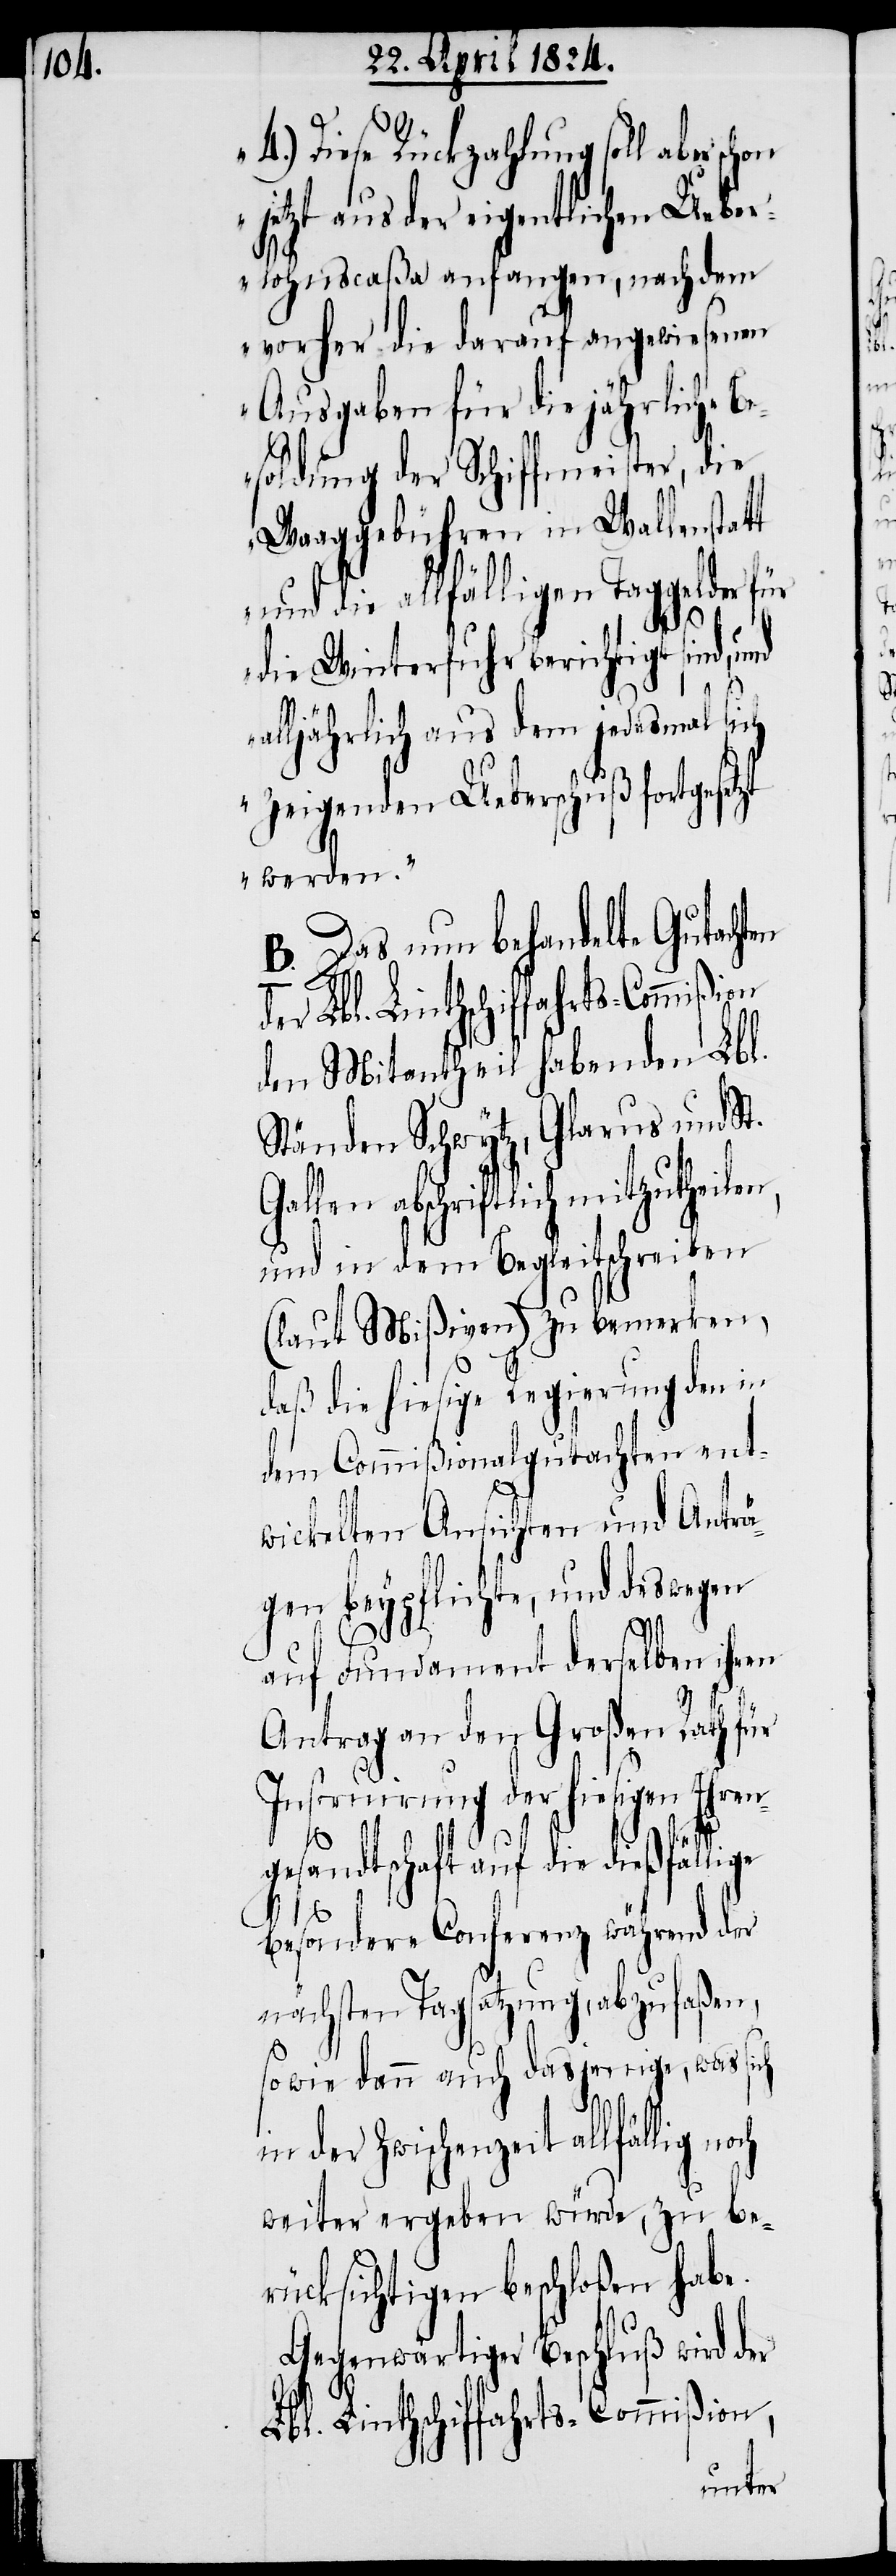
4.) Diese Rückzahlung soll aber schon
jetzt aus der eigentlichen Ueber¬
lohnscaßa anfangen, nachdem
vorher die darauf angewiesenen
Ausgaben für die jährliche B¬
esoldung der Schiffmeister, die
Waaggebühren in Wallenstatt
die allfälligen Taggelder
die Winterfuhr berichtigt sind,
alljährlich aus dem jedesmal sich
zeigenden Ueberschuß fortgeset¬
werden.“
B.) Das nun behandelte Gutachten
der
den Mitantheil habenden Lbl.
Ständen Schwytz, Glarus und St.
abschriftlich mitzutheile¬
und in dem Begleitschreiben
(laut Mißiven) zu bemerken,
daß die hiesige Regierung den in
dem Commißionalgutachten ent¬
wickelten Ansichten und Anträ¬
gen beypflichte, und deswegen
auf Fundament derselben ihren
n,
Antrag an den Großen Rath für
Instruirung der hiesigen Ehren¬
gesandtschaft auf die dießfällige
besondere Conferenz während der
nächsten Tagsatzung, abzufaßen,
sowie dann auch dasjenige, was sich
in der Zwischenzeit allfällig
weiter ergeben würde, zu be¬
rücksichtigen beschloßen habe.
Gegenwärtiger Beschluß wird der
Lbl. Linthschiffahrts-Commißion,